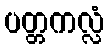
ပတ္တကလ္လံ